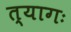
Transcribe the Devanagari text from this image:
त्यागः